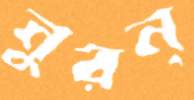
নুরন্